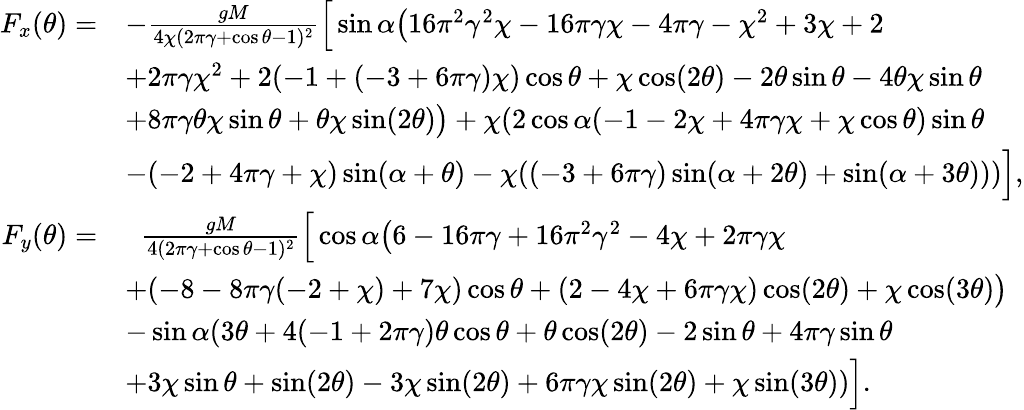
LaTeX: \begin{array}{rl}{F_{x}(\theta)=}&{-\frac{gM}{4\chi(2\pi\gamma+\cos\theta-1)^{2}}\Big[\sin\alpha\big(16\pi^{2}\gamma^{2}\chi-16\pi\gamma\chi-4\pi\gamma-\chi^{2}+3\chi+2}\\ &{+2\pi\gamma\chi^{2}+2(-1+(-3+6\pi\gamma)\chi)\cos\theta+\chi\cos(2\theta)-2\theta\sin\theta-4\theta\chi\sin\theta}\\ &{+8\pi\gamma\theta\chi\sin\theta+\theta\chi\sin(2\theta)\big)+\chi(2\cos\alpha(-1-2\chi+4\pi\gamma\chi+\chi\cos\theta)\sin\theta}\\ &{-(-2+4\pi\gamma+\chi)\sin(\alpha+\theta)-\chi((-3+6\pi\gamma)\sin(\alpha+2\theta)+\sin(\alpha+3\theta)))\Big],}\\ {F_{y}(\theta)=}&{\; \; \frac{gM}{4(2\pi\gamma+\cos\theta-1)^{2}}\Big[\cos\alpha\big(6-16\pi\gamma+16\pi^{2}\gamma^{2}-4\chi+2\pi\gamma\chi}\\ &{+(-8-8\pi\gamma(-2+\chi)+7\chi)\cos\theta+(2-4\chi+6\pi\gamma\chi)\cos(2\theta)+\chi\cos(3\theta)\big)}\\ &{-\sin\alpha(3\theta+4(-1+2\pi\gamma)\theta\cos\theta+\theta\cos(2\theta)-2\sin\theta+4\pi\gamma\sin\theta}\\ &{+3\chi\sin\theta+\sin(2\theta)-3\chi\sin(2\theta)+6\pi\gamma\chi\sin(2\theta)+\chi\sin(3\theta))\Big].}\end{array}